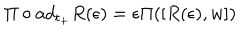
\Pi \circ a d _ { t _ { + } } R ( \epsilon ) = \epsilon \Pi ( [ R ( \epsilon ) , w ] )